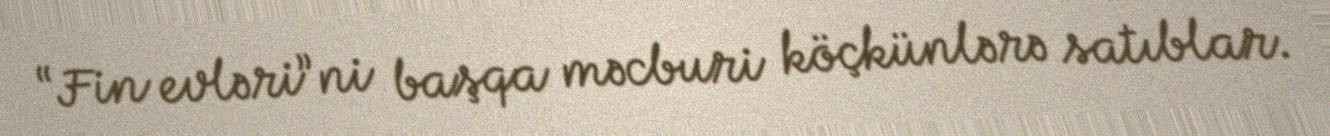
“Fin evləri”ni başqa məcburi köçkünlərə satıblar.